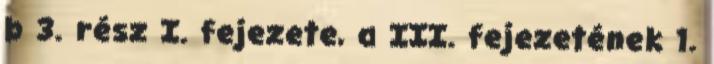
b 3. rész I. fejezete, a III. fejezetének 1.